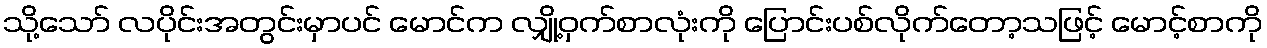
သို့သော် လပိုင်းအတွင်းမှာပင် မောင်က လျှို့ဝှက်စာလုံးကို ပြောင်းပစ်လိုက်တော့သဖြင့် မောင့်စာကို